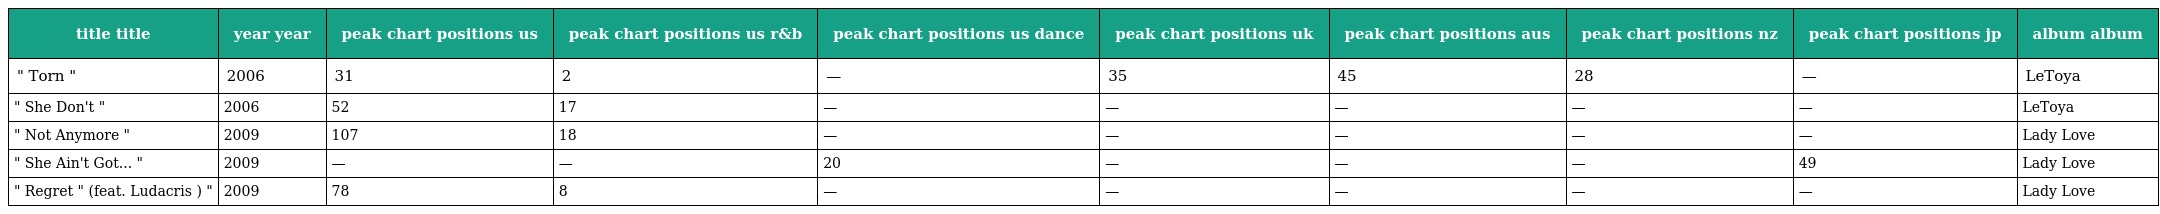
| title title | year year | peak chart positions us | peak chart positions us r&b | peak chart positions us dance | peak chart positions uk | peak chart positions aus | peak chart positions nz | peak chart positions jp | album album |
 | --- | --- | --- | --- | --- | --- | --- | --- | --- | --- |
 | " Torn " | 2006 | 31 | 2 | — | 35 | 45 | 28 | — | LeToya |
 | " She Don't " | 2006 | 52 | 17 | — | — | — | — | — | LeToya |
 | " Not Anymore " | 2009 | 107 | 18 | — | — | — | — | — | Lady Love |
 | " She Ain't Got... " | 2009 | — | — | 20 | — | — | — | 49 | Lady Love |
 | " Regret " (feat. Ludacris ) " | 2009 | 78 | 8 | — | — | — | — | — | Lady Love |